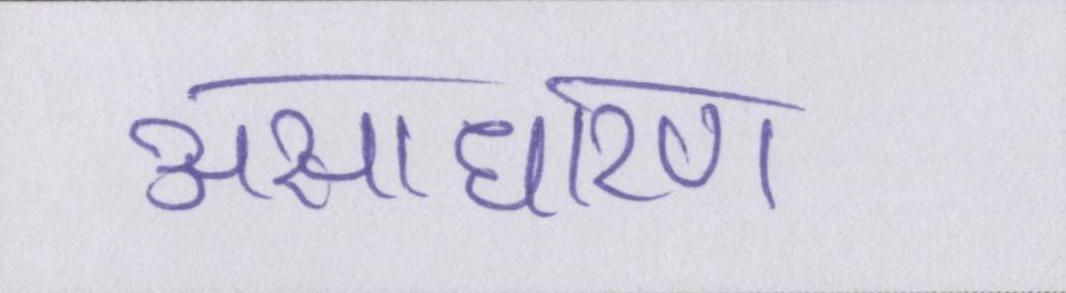
असाधारण